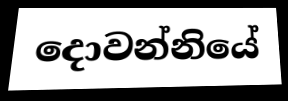
දොවන්නියේ